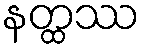
နတ္ထဿ